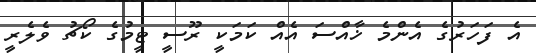
އެ ފަހަރުގެ އެންމެ ޚާއްސަ އެއް ކަމަކީ ރޫސީ ޓީމުގެ ކޯޗު ވެލެރީ